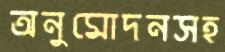
অনুমোদনসহ